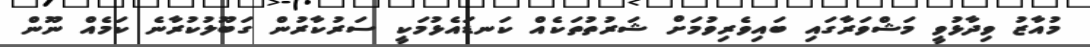
މުއާޒު ވިދާޅުވީ މަޝްވަރާގައި ބައިވެރިވުމަށް ޝަރުތުތަކެއް ކަނޑައެޅުމަކީ ސަރުކާރުން ގަބޫލުކުރާނެ ކަމެއް ނޫން